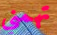
تهمني